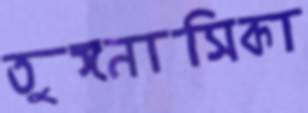
তুঙ্গনাসিকা